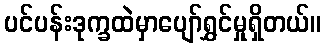
ပင်ပန်းဒုက္ခထဲမှာပျော်ရွှင်မှုရှိတယ်။